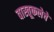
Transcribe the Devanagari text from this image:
वास्तूकलेचे